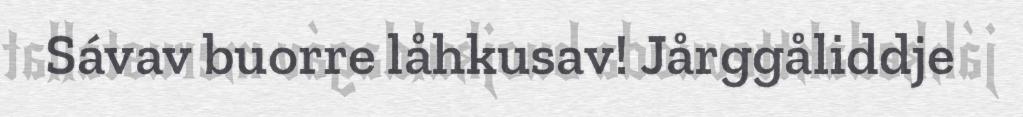
Sávav buorre låhkusav! Jårggåliddje